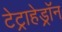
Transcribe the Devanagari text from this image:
टेट्राहेड्रॉन